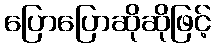
ပြောပြောဆိုဆိုဖြင့်